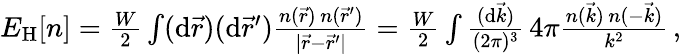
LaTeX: \begin{array}{r}{E_{\mathrm{H}}[n]=\frac{W}{2}\int(\mathrm{d}\vec{r})(\mathrm{d}\vec{r}^{\prime})\frac{n(\vec{r})\, n(\vec{r}^{\prime})}{|\vec{r}-\vec{r}^{\prime}|}=\frac{W}{2}\int\frac{(\mathrm{d}\vec{k})}{(2\pi)^{3}}\, 4\pi\frac{n(\vec{k})\, n(-\vec{k})}{k^{2}}\, ,}\end{array}